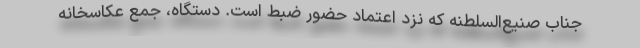
جنابِ صنیع‌السلطنه که نزدِ اعتماد حضور ضبط است. دستگاه، جمع عکاسخانه